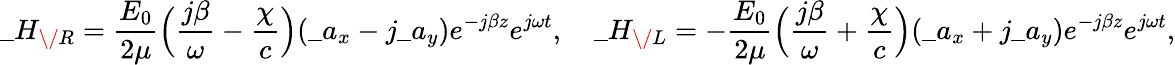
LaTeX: \_ H_{\/ R}={\frac{E_{0}}{2\mu}}\Big({\frac{j\beta}{\omega}}-{\frac{\chi}{c}}\Big)(\_ a_{x}-j\_ a_{y})e^{-j\beta z}e^{j\omega t},\quad\_ H_{\/ L}=-{\frac{E_{0}}{2\mu}}\Big({\frac{j\beta}{\omega}}+{\frac{\chi}{c}}\Big)(\_ a_{x}+j\_ a_{y})e^{-j\beta z}e^{j\omega t},